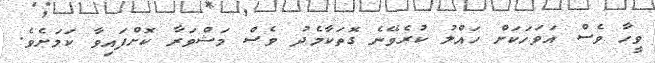
ވީހާ ވެސް އަވަހަކަށް ހައްލު ކުރެވޭނެ ގޮތަކާމެދު ވެސް މަޝްވަރާ ކޮށްފައިވާ ކަމަށެވެ.